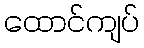
ထောင်ကျပ်